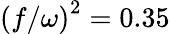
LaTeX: \left(f/\omega\right)^{2}=0.35